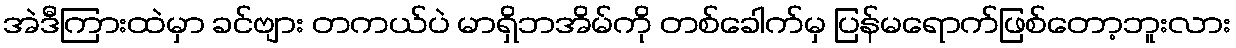
အဲဒီကြားထဲမှာ ခင်ဗျား တကယ်ပဲ မာရှိဘအိမ်ကို တစ်ခေါက်မှ ပြန်မရောက်ဖြစ်တော့ဘူးလား